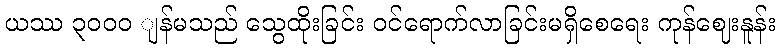
ယဿ ၃၀၀ဝ ျန်မသည် သွေထိုးခြင်း ဝင်ရောက်လာခြင်းမရှိစေရေး ကုန်ဈေးနူန်း